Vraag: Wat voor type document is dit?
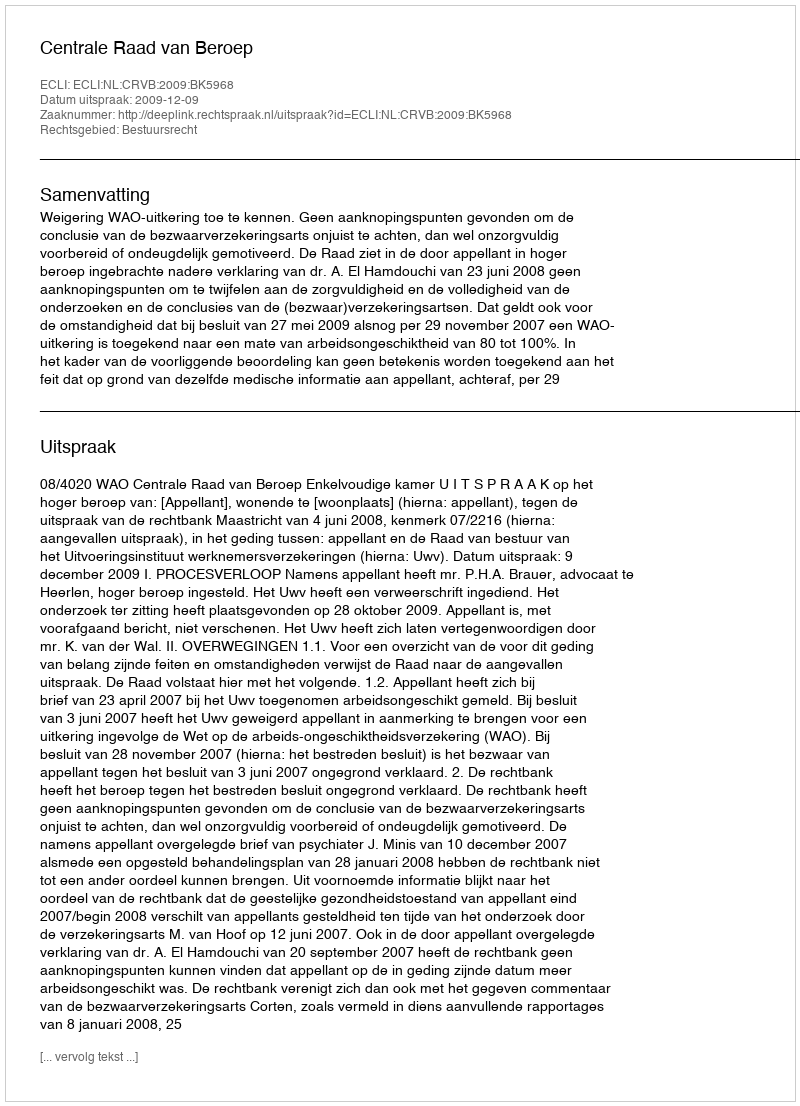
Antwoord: Uitspraak